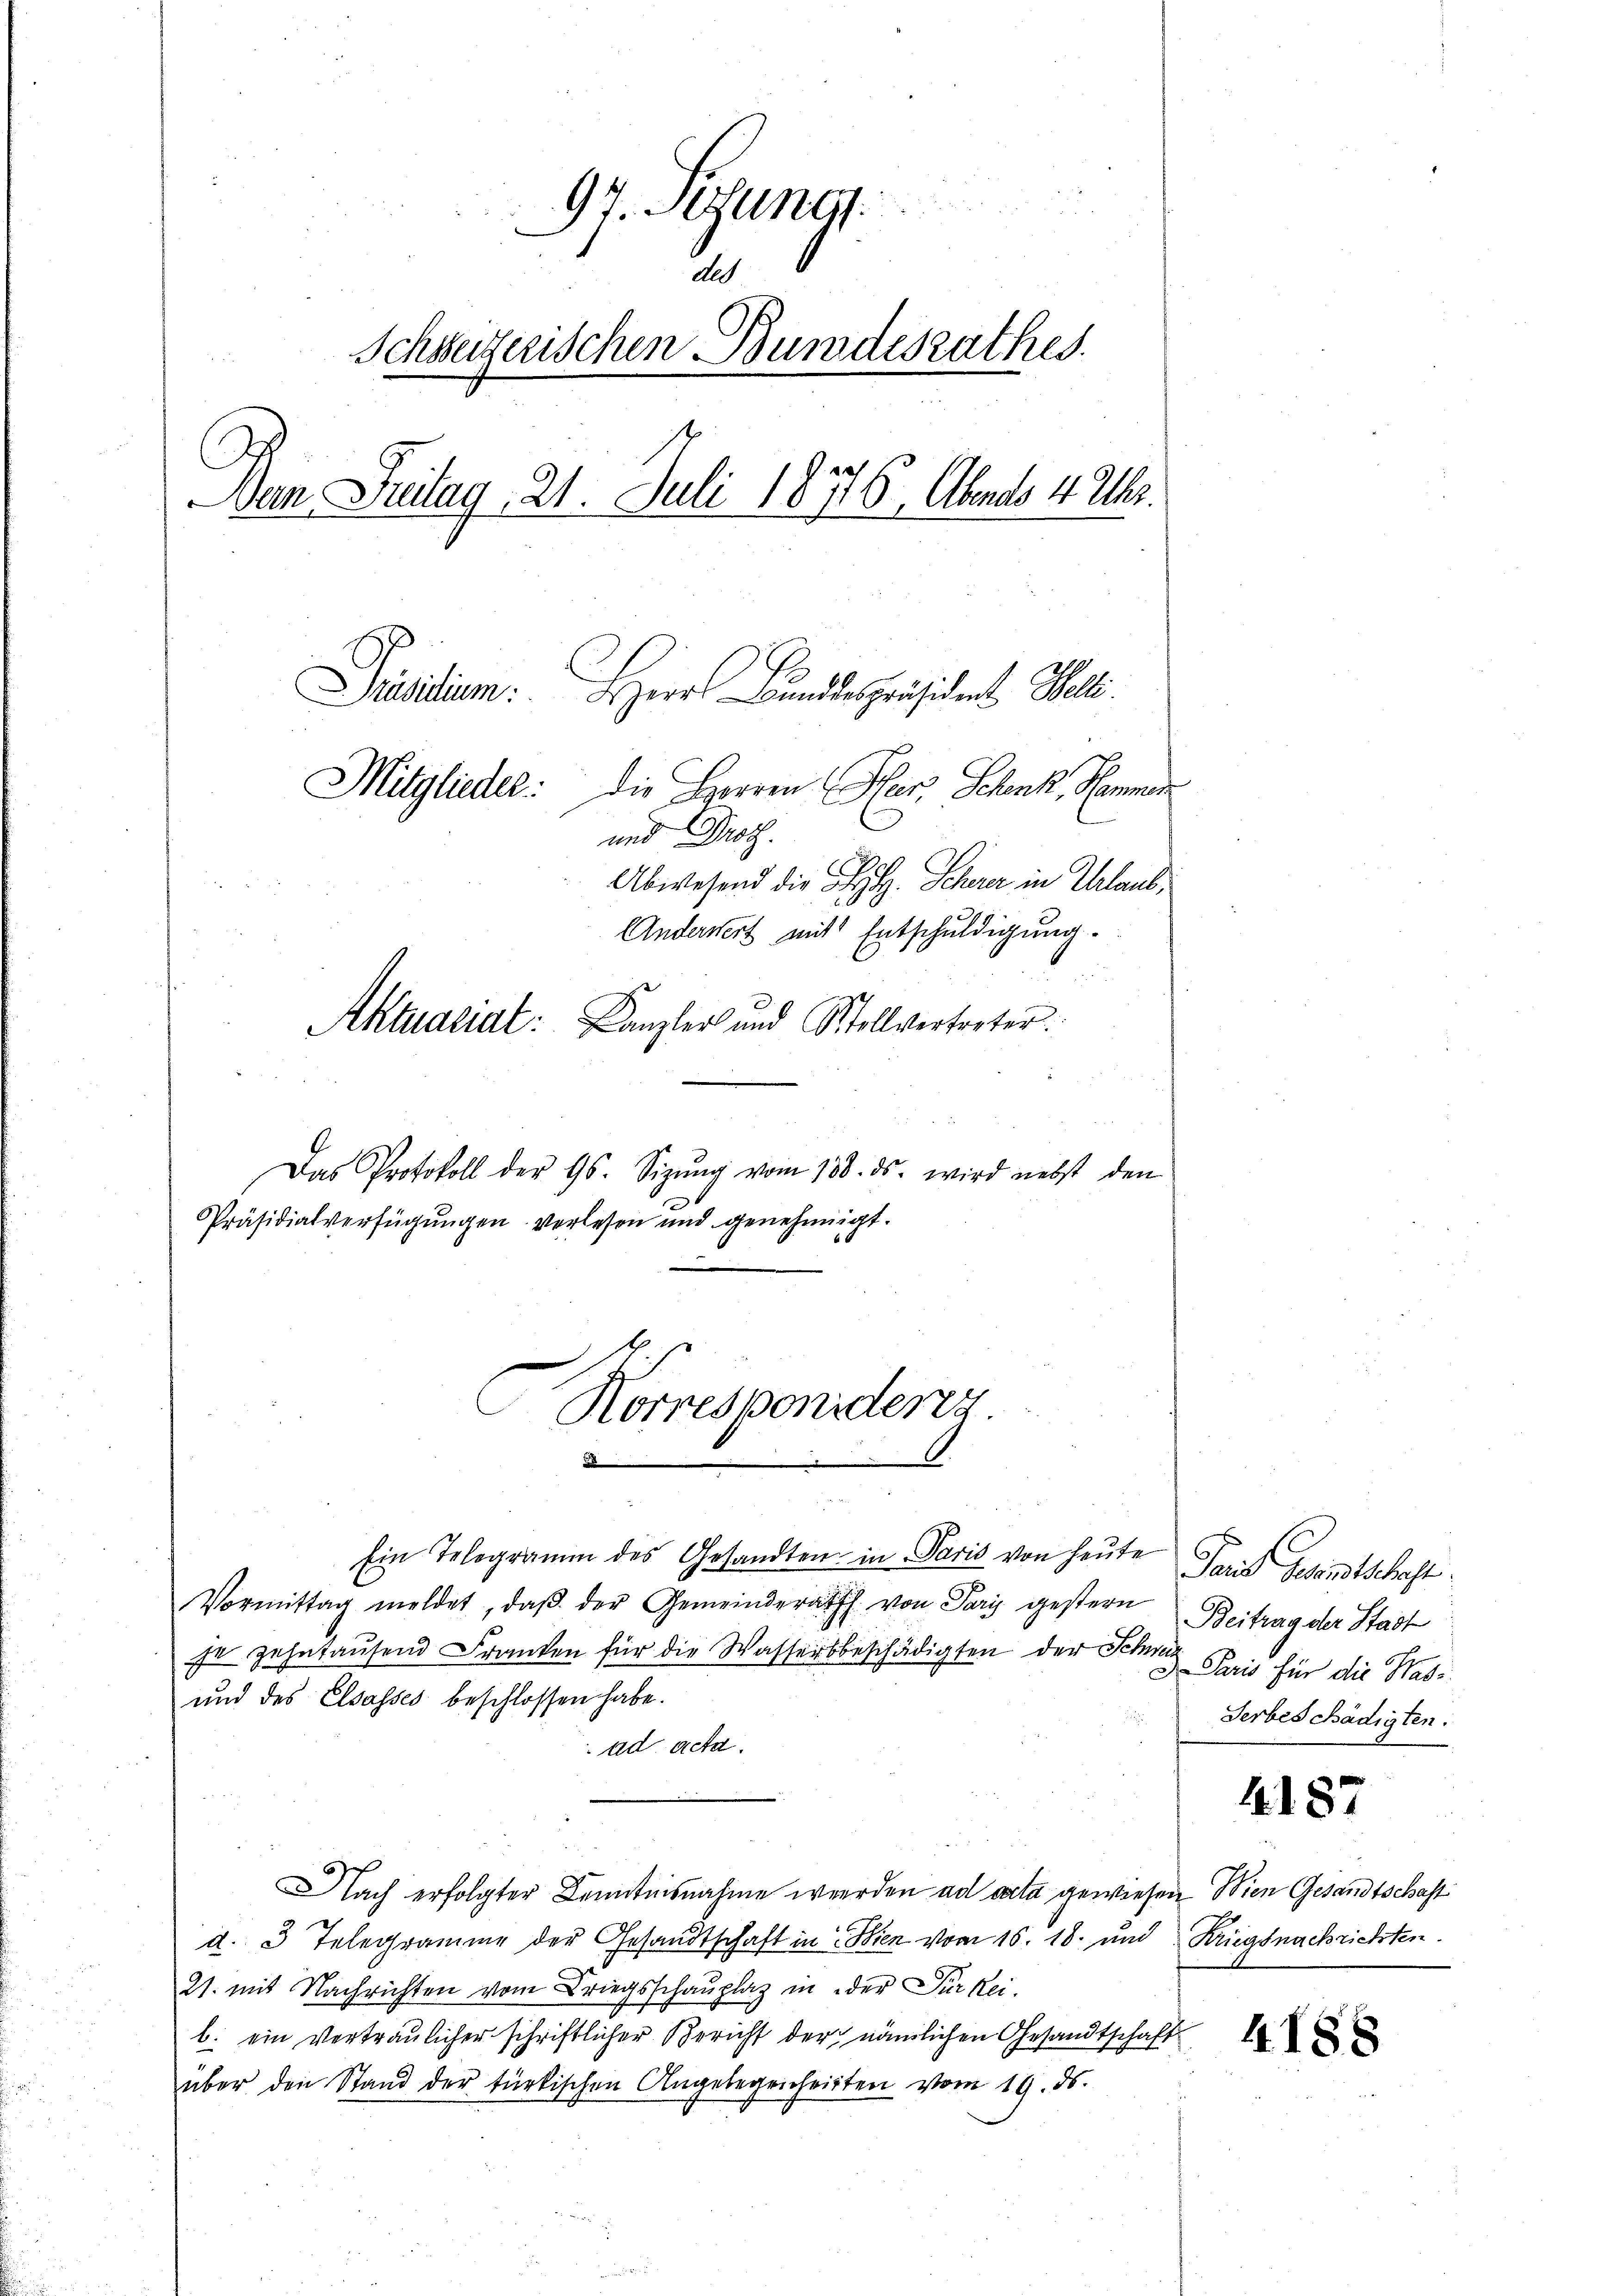
97. Segung
Al
Schweizerischen Bundesrathes.
A
an Freitag. 21. Juli 18716, Abends 4 Uhr.
Präsidium.
HHerr Bundespräsident Welti.
Mitglieder: die Herren Herz, Schenk, Hammen
und Drot.
Abwesend die L. Scherer in Urlaub¬
Anderwert mit Entschuldigung.
u
Aktuariat: Kanzler und Stollvertreter.

Das Protokoll der Gs. Sizŭng vom 138. ds. wird nebst den
Präsidialverfügungen verlesen und genehmigt.

Korresponiderer
2

Ein Telegramm des Gesandten in Paris von heute
Vormittag meldet, daβ der Gemeinderath von Paris gestern
se zehntausend Franken für die Wassersbeschädigten der Schwei
und des Elsasses beschlossen habe.
ad acta.
Nach erfolgter Kenntnisnahme werden ad acta gewiesen Wien Gesandtschaft
d. 3 Telegramme der Gesandtschaft in Wien vom 16. 18. und Kriegsnachrichten.
21. mit Nachrichten vom Kriegsschauplaz in der Für Rei-
b. ein Vertraulicher schriftlicher Bericht der nämlichen Gesandtschaft
über den Stand der türkischen Angelegenheiten vom 19. ds.

Paris Gesandtschaft
Beitrag der Stadt
Paris für die Wass
Serbeschädigten.

4187

4188